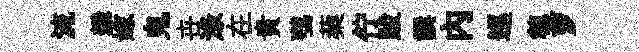
流攀嫁鬼卋渌在貴鶚蔾佇跋譔内巡穂萝